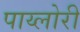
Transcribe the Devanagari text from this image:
पाय्लोरी